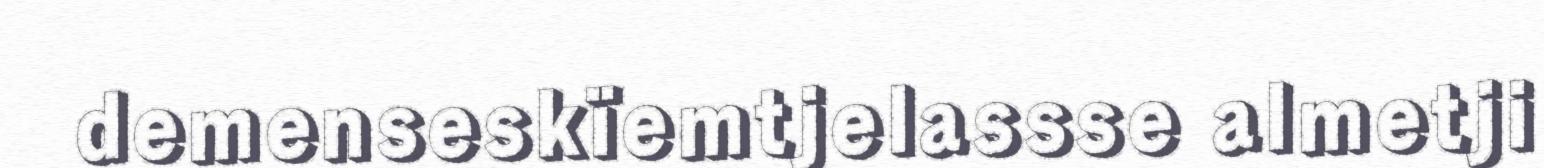
demenseskïemtjelassse almetji